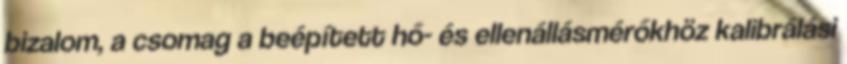
bizalom, a csomag a beépített hő- és ellenállásmérőkhöz kalibrálási